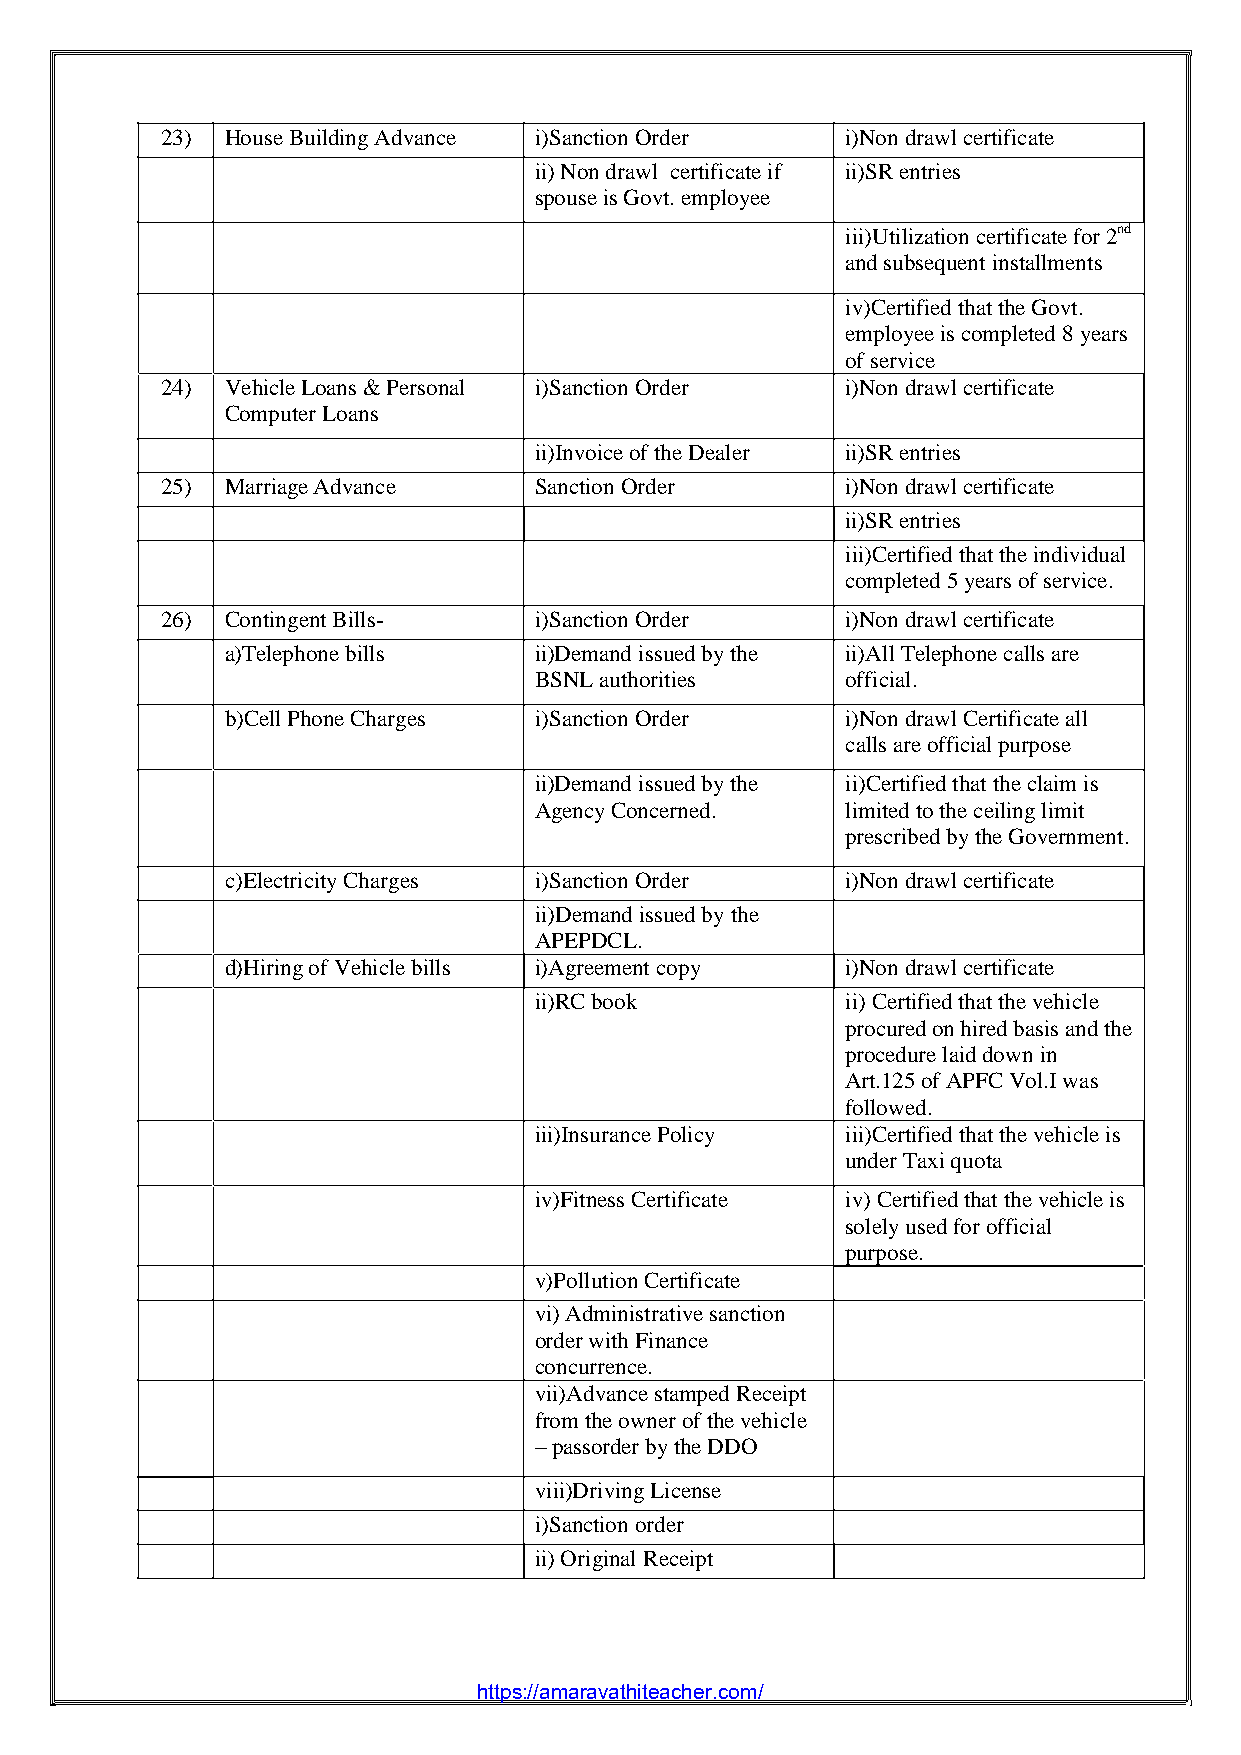
23) House Building Advance i)Sanction Order  i)Non drawl certificate
 ii)Non drawl certificate if ii)SR entries
 spouse is Govt. employee
 iii)Utilization certificate for 2nd
 and subsequent installments
 iv)Certified that the Govt.
 employee is completed 8 years
 of service
 24) Vehicle Loans & Personal i)Sanction Order i)Non drawl certificate
 Computer Loans
 ii)Invoice of the Dealer ii)SR entries
 25) Marriage Advance    Sanction Order       i)Non drawl certificate
 ii)SR entries
 iii)Certified that the individual
 completed 5 years of service.
 26) Contingent Bills-   i)Sanction Order     i)Non drawl certificate
 a)Telephone bills   ii)Demand issued by the ii)All Telephone calls are
 BSNL authorities     official.
 b)Cell Phone Charges i)Sanction Order    i)Non drawl Certificate all
 calls are official purpose
 ii)Demand issued by the ii)Certified that the claim is
 Agency Concerned.    limited to the ceiling limit
 prescribed by the Government.
 c)Electricity Charges i)Sanction Order   i)Non drawl certificate
 ii)Demand issued by the
 APEPDCL.
 d)Hiring of Vehicle bills i)Agreement copy i)Non drawl certificate
 ii)RC book           ii)Certified that the vehicle
 procured on hired basis and the
 procedure laid down in
 Art.125 of APFC Vol.I was
 followed.
 iii)Insurance Policy iii)Certified that the vehicle is
 under Taxi quota
 iv)Fitness Certificate iv)Certified that the vehicle is
 solely used for official
 purpose.
 v)Pollution Certificate
 vi)Administrative sanction
 order with Finance
 concurrence.
 vii)Advance stamped Receipt
 from the owner of the vehicle
 –passorder by the DDO
 viii)Driving License
 i)Sanction order
 ii)Original Receipt
 Page | 12
 https://amaravathiteacher.com/